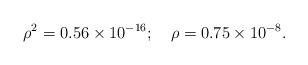
LaTeX: \begin{align*}\rho ^2 = 0.56\times 10^{-16};\quad\rho = 0.75\times 10^{-8} .\end{align*}